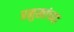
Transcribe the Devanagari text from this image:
प्रमुखांच्या